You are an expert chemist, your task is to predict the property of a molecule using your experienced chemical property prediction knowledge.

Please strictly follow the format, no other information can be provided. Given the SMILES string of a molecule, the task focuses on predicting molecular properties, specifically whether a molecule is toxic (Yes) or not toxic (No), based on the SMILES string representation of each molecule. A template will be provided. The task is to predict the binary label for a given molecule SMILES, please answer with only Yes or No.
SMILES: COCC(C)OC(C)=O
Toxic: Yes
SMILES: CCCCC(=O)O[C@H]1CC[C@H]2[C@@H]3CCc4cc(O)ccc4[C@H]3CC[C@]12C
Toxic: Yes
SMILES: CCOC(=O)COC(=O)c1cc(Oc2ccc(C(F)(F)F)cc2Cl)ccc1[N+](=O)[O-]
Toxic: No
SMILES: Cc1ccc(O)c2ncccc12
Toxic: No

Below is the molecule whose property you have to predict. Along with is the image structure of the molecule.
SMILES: CC1(C)CC(N=C=O)CC(C)(CN=C=O)C1
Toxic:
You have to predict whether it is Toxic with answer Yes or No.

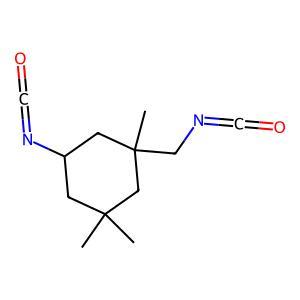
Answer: No